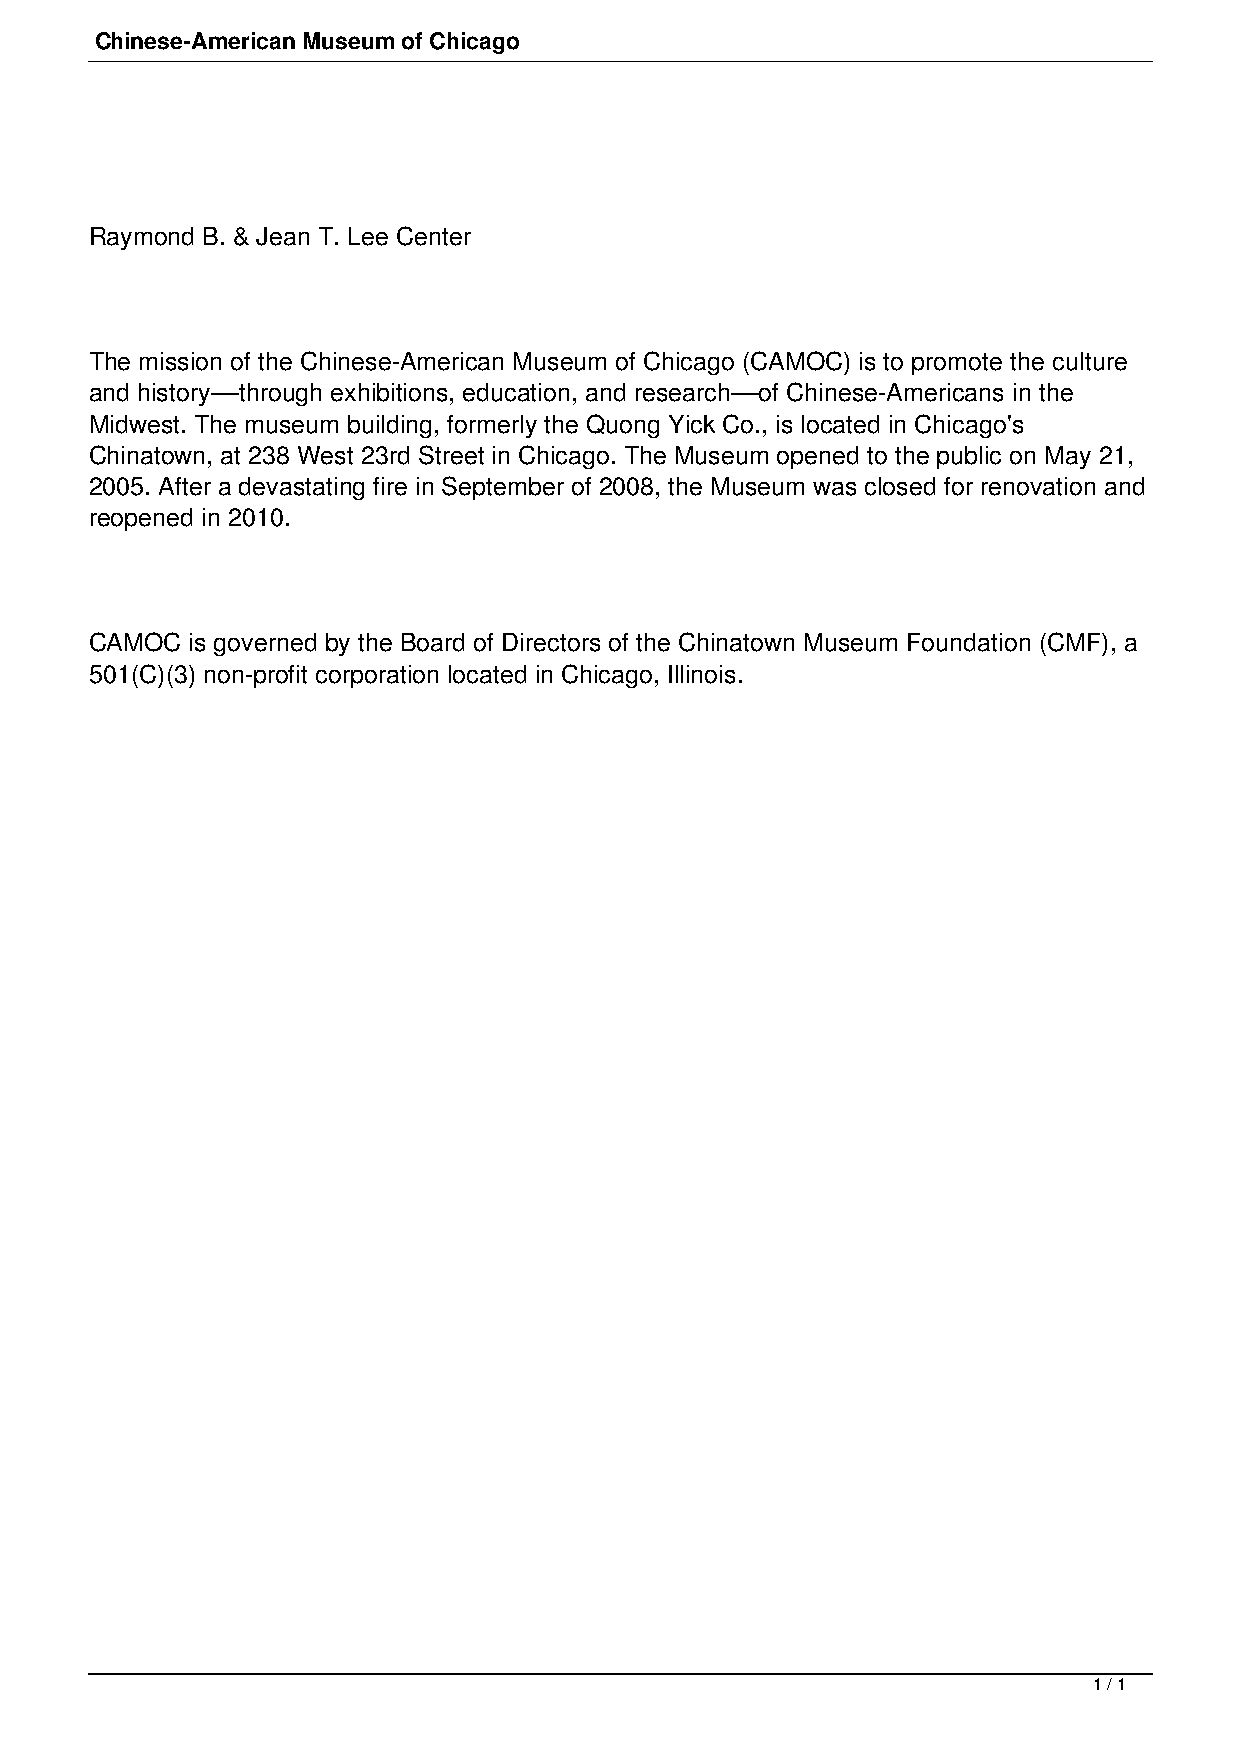
Chinese-American Museum of Chicago
 Raymond B. & Jean T. Lee Center
 The mission of the Chinese-American Museum of Chicago (CAMOC) is to promote the culture
 and history––through exhibitions, education, and research––of Chinese-Americans in the
 Midwest. The museum building, formerly the Quong Yick Co., is located in Chicago's
 Chinatown, at 238 West 23rd Street in Chicago. The Museum opened to the public on May 21,
 2005. After a devastating fire in September of 2008, the Museum was closed for renovation and
 reopened in 2010.
 CAMOC  is governed by the Board of Directors of the Chinatown Museum Foundation (CMF), a
 501(C)(3) non-profit corporation located in Chicago, Illinois.
 1 / 1